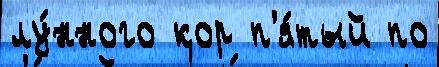
лу́нного кор п'я́тый по